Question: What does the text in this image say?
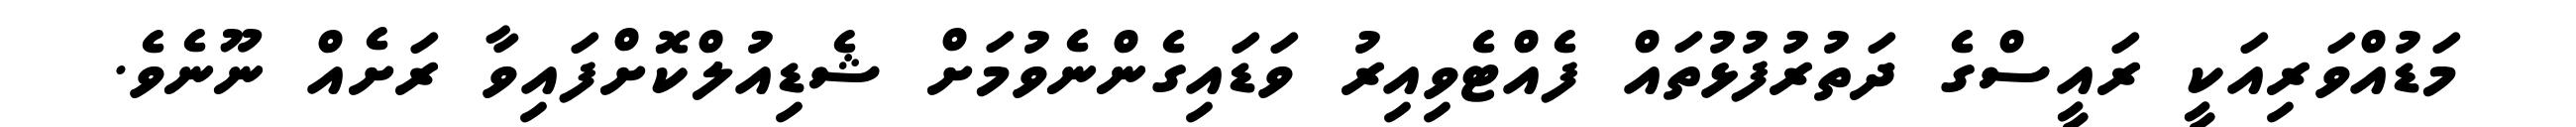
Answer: މަޑުއްވަރިއަކީ ރައީސްގެ ދަތުރުފުޅުތައް ފެއްޓެވިއިރު ވަޑައިގެންނެވުމަށް ޝެޑިއުލްކޮށްފައިވާ ރަށެއް ނޫނެވެ.